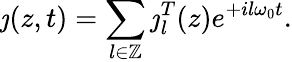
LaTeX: \jmath(z,t)=\sum_{l\in\mathbb{Z}}\jmath_{l}^{T}(z)e^{+il\omega_{0}t}.